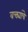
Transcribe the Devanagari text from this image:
वक्त्यांचे